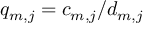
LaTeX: q _ { m , j } = c _ { m , j } / d _ { m , j }